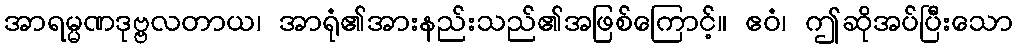
အာရမ္မဏဒုဗ္ဗလတာယ၊ အာရုံ၏အားနည်းသည်၏အဖြစ်ကြောင့်။ ဧဝံ၊ ဤဆိုအပ်ပြီးသော